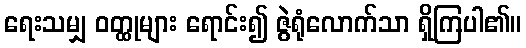
ရေးသမျှ ဝတ္ထုများ ရောင်း၍ ဇွဲရုံလောက်သာ ရှိကြပါ၏။